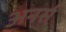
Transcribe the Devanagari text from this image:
अनर्स